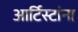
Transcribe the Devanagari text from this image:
आर्टिस्टांना